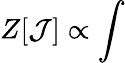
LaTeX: Z[\mathcal{J}]\propto\int